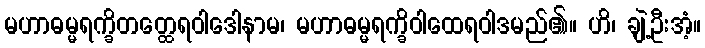
မဟာဓမ္မရက္ခိတတ္ထေရဝါဒေါနာမ၊ မဟာဓမ္မရက္ခိဝါထေရဝါဒမည်၏။ ဟိ၊ ချဲ့ဦးအံ့။